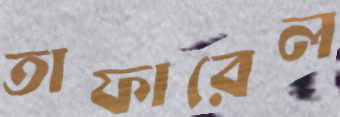
তাফারেল